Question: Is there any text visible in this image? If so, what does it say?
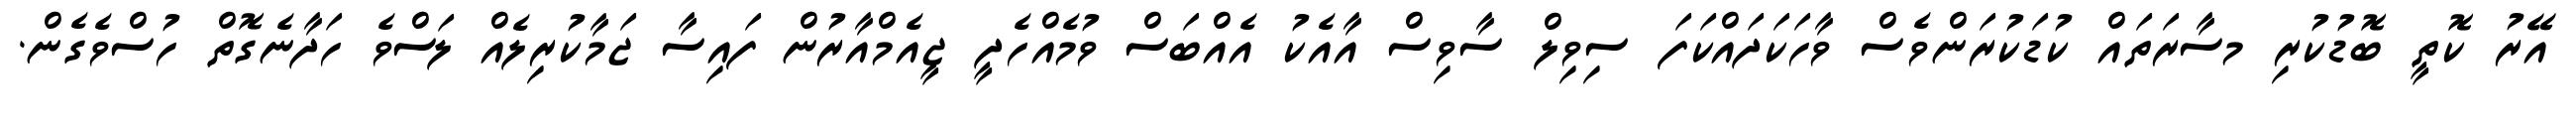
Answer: އޭރު ކޮތީ ބޮޑުކުރި މސާރަތައް ކުޑަކުރަންވެސް ވާހަކަދައްކަފަ ސިވިލް ސާވިސް އާއެކު އެއްބަސް ވުމެއްހެދީ ޖީއެމްއާރުން ފައިސާ ޖަމާކުރިލެއް ލަސްވެ ހަދާނެގޮތް ހުސްވެގެން.